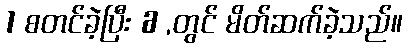
1 စတင်ခဲ့ပြီး 6 ,တွင် မိတ်ဆက်ခဲ့သည်။